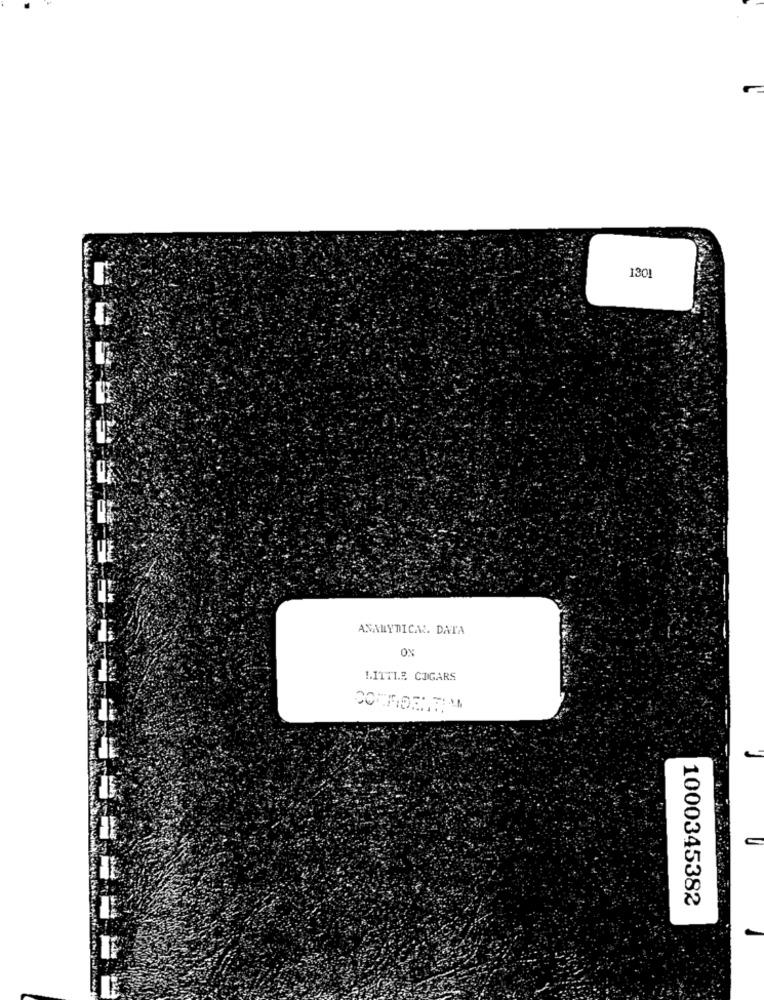
130
ANALYTICAL. DATA
OX
LITTLE CIGARS
1000345382